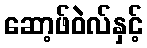
ဆော့ဖ်ဝဲလ်နှင့်